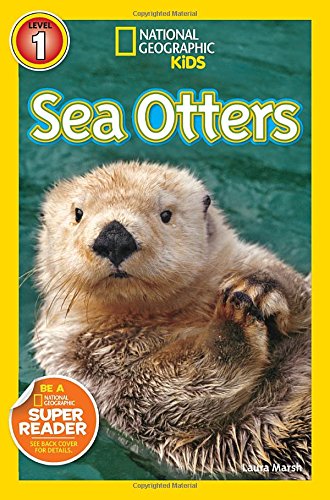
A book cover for National Geographic Readers: Sea Otters; Laura Marsh; Children's Books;